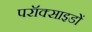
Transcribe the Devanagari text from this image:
परॉक्साइडों